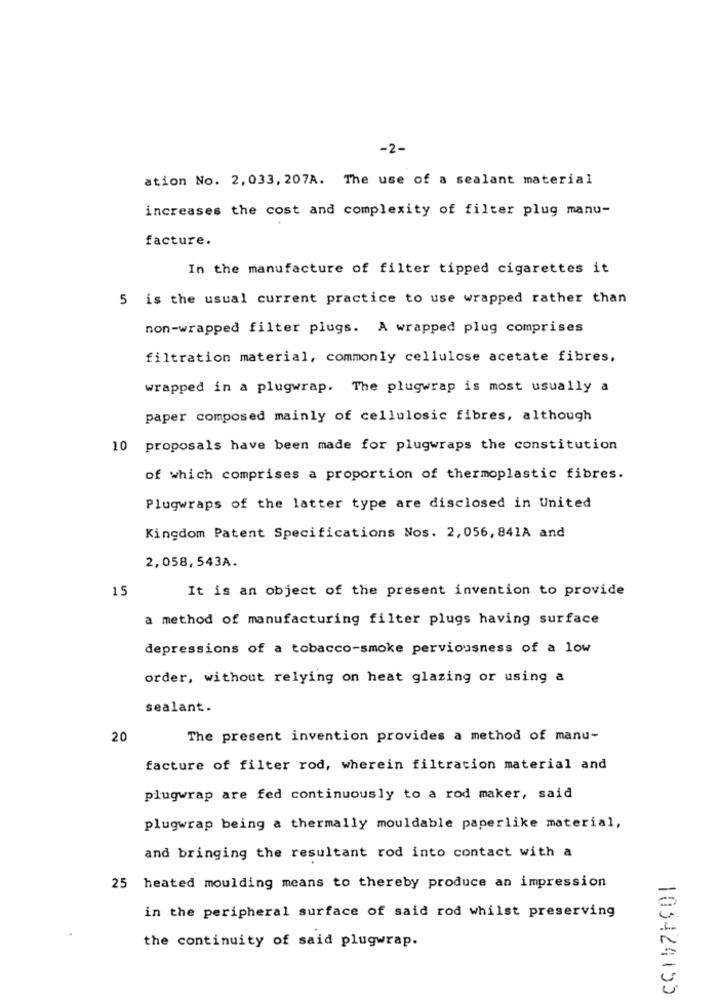
-2-
ation No. 2, 033, 207A. The use of a sealant material
increases the cost and complexity of filter plug manu-
facture.
In the manufacture of filter tipped cigarettes it
5 is the usual current practice to use wrapped rather than
non-wrapped filter plugs. A wrapped plug comprises
filtration material, commonly cellulose acetate fibres,
wrapped in a plugwrap. The plugwrap is most usually a
paper composed mainly of cellulosic fibres, although
10 proposals have been made for plugwraps the constitution
of which comprises a proportion of thermoplastic fibres.
Plugwraps of the latter type are disclosed in United
Kingdom Patent Specifications Nos. 2,056, 841A and
2,058,543A.
15
It is an object of the present invention to provide
a method of manufacturing filter plugs having surface
depressions of a tobacco-smoke perviousness of a low
order, without relying on heat glazing or using a
sealant.
20
The present invention provides a method of manu-
facture of filter rod, wherein filtration material and
plugwrap are fed continuously to a rod maker, said
plugwrap being a thermally mouldable paperlike material,
and bringing the resultant rod into contact with a
25 heated moulding means to thereby produce an impression
in the peripheral surface of said rod whilst preserving
the continuity of said plugwrap.
105424153